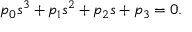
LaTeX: p _ { 0 } s ^ { 3 } + p _ { 1 } s ^ { 2 } + p _ { 2 } s + p _ { 3 } = 0 .